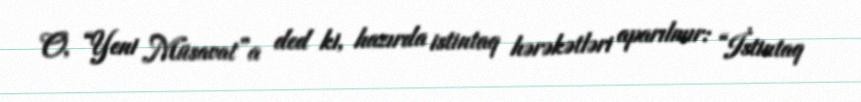
O, “Yeni Müsavat”a ded ki, hazırda istintaq hərəkətləri aparılmır: “İstintaq